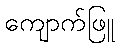
ကျောက်ဖြူ